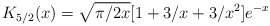
\begin{align*} K_{5/2}(x) = \sqrt{\pi/ 2x } [ 1 + 3/x + 3/x^2] e^{-x}\end{align*}